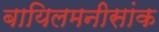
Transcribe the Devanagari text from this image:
बायिलमनीसांक